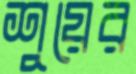
শুয়ের